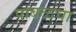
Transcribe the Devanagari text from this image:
पाबळचा